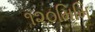
૧૨૦મિમિ